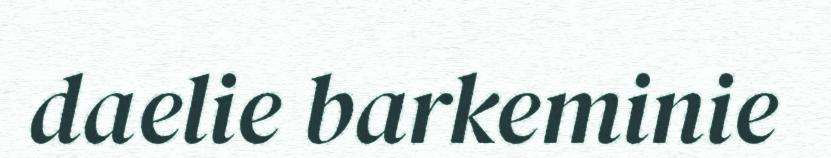
daelie barkeminie